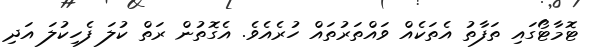
ޓޮމާޓޯގައި ތަފާތު އެތަކެއް ވައްތަރުތައް ހުރެއެވެ. އެގޮތުން ރަތް ކުލަ ފެހިކުލަ އަދި